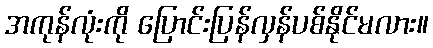
အကုန်လုံးကို ပြောင်းပြန်လှန်ပစ်နိုင်မလား။